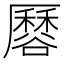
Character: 𧯏